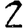
Digit: 2